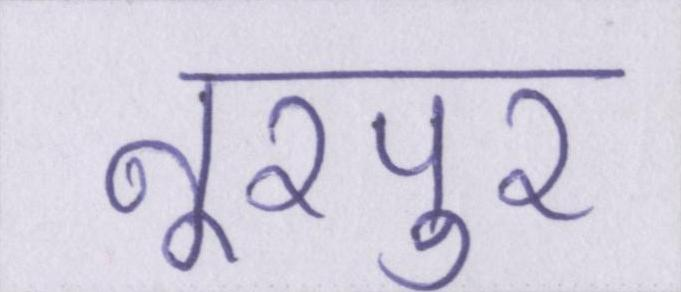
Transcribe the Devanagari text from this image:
नूरपुर